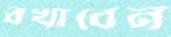
বখাবেন